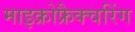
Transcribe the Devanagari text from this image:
माइक्रोफ्रैक्चरिंग